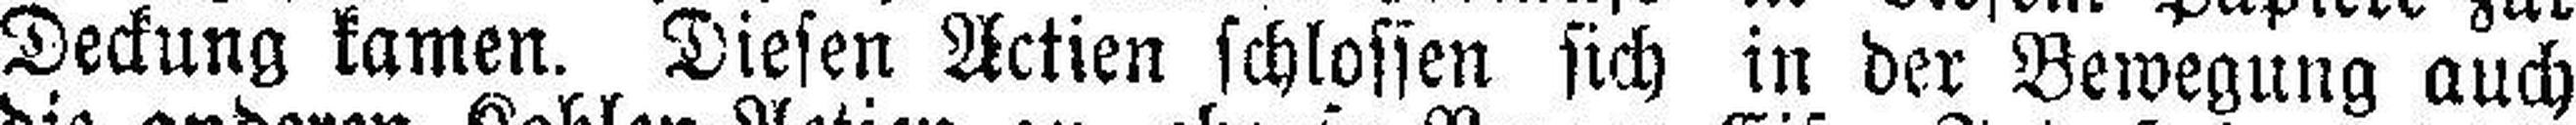
Deckung kamen. Diesen Actien schlossen sich in der Bewegung auch